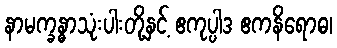
နာမက္ခန္ဓာသုံးပါးတို့နှင့် ဧကုပ္ပါဒ ဧကနိရောဓ၊